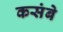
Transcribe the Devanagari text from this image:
कसंबे